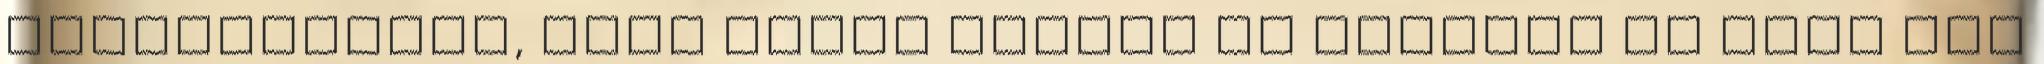
rákérdeztünk, hogy miért akarná őt megölni az öreg azt